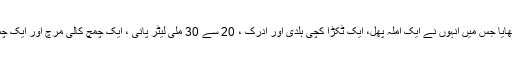
ملائکہ نے قہوہ بنا کر بھی دکھایا جس میں انہوں نے ایک آملہ پھل، ایک ٹکڑا کچی ہلدی اور ادرک ، 20 سے 30 ملی لیٹر پانی ، ایک چمچ کالی مرچ اور ایک چمچ سیب کا سرکہ استعمال کیا۔